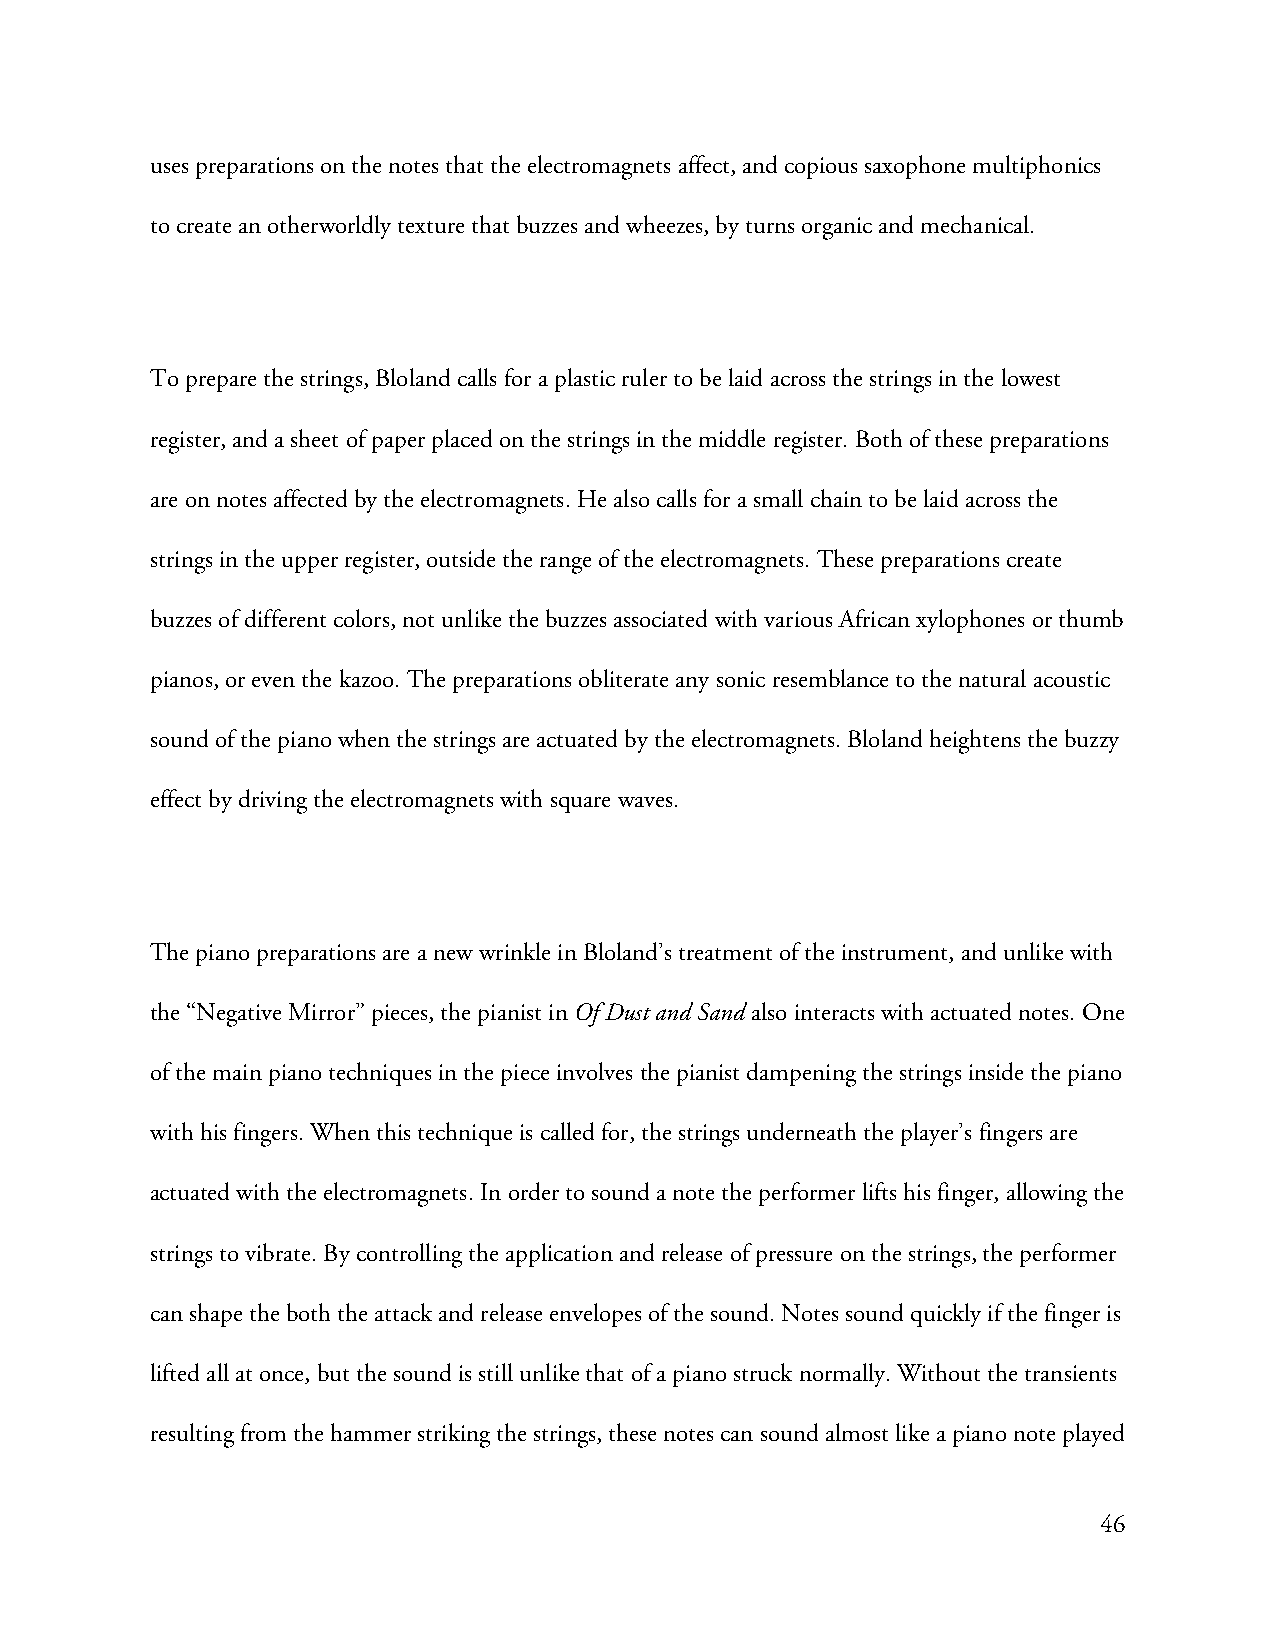
uses preparations on the notes that the electromagnets affect, and copious saxophone multiphonics
 to create an otherworldly texture that buzzes and wheezes, by turns organic and mechanical.
 To prepare the strings, Bloland calls for a plastic ruler to be laid across the strings in the lowest
 register, and a sheet of paper placed on the strings in the middle register. Both of these preparations
 are on notes affected by the electromagnets. He also calls for a small chain to be laid across the
 strings in the upper register, outside the range of the electromagnets. These preparations create
 buzzes of different colors, not unlike the buzzes associated with various African xylophones or thumb
 pianos, or even the kazoo. The preparations obliterate any sonic resemblance to the natural acoustic
 sound of the piano when the strings are actuated by the electromagnets. Bloland heightens the buzzy
 effect by driving the electromagnets with square waves.
 The piano preparations are a new wrinkle in Bloland’s treatment of the instrument, and unlike with
 the “Negative Mirror” pieces, the pianist in Of Dust and Sand also interacts with actuated notes. One
 of the main piano techniques in the piece involves the pianist dampening the strings inside the piano
 with his fingers. When this technique is called for, the strings underneath the player’s fingers are
 actuated with the electromagnets. In order to sound a note the performer lifts his finger, allowing the
 strings to vibrate. By controlling the application and release of pressure on the strings, the performer
 can shape the both the attack and release envelopes of the sound. Notes sound quickly if the finger is
 lifted all at once, but the sound is still unlike that of a piano struck normally. Without the transients
 resulting from the hammer striking the strings, these notes can sound almost like a piano note played
 46